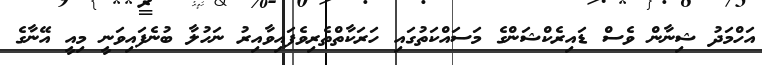
އަހްމަދު ޝިނާން ވެސް ޑައިރެކްޝަންގެ މަސައްކަތުގައި ހަރަކާތްތެރިވެފައިވާއިރު ނަހުލާ ބުނެފައިވަނީ މިއީ އޭނާގެ